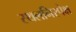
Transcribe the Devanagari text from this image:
स्थलनिरपेक्ष